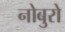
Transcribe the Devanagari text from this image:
नोबुरो